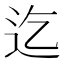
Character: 迄